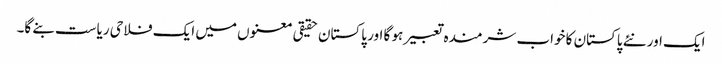
ایک اور نئے پاکستان کا خواب شرمندہ تعبیر ہو گا اور پاکستان حقیقی معنوں میں ایک فلاحی ریاست بنے گا۔